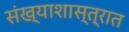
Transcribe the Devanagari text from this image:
संख्याशास्त्रात